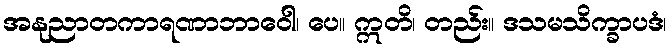
အနုညာတကာရဏာဘာဝေါ၊ ပေ။ ဣတိ၊ တည်း။ ဒသမသိက္ခာပဒံ၊